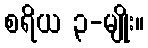
စရိယ ၃-မျိုး။